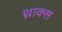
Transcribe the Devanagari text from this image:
थ्राक्स